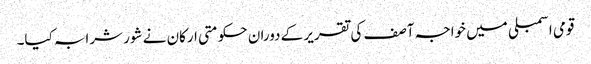
قومی اسمبلی میں خواجہ آصف کی تقریر کے دوران حکومتی ارکان نے شور شرابہ کیا۔